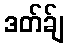
ဒတ်ခ်ျ